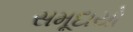
સમૂદાયો